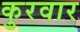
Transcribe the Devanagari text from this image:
कुरवार